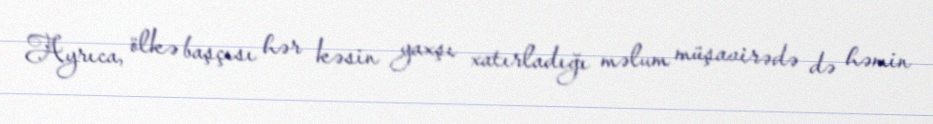
Ayrıca, ölkə başçısı hər kəsin yaxşı xatırladığı məlum müşavirədə də həmin